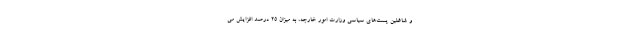
و شاغلین پست‌های سیاسی وزارت امور خارجه، به میزان ۲۵ درصد افزایش می